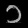
Digit: ၁